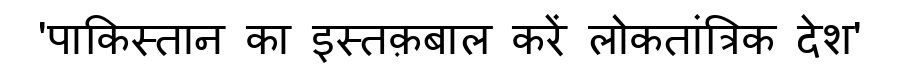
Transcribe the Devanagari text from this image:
'पाकिस्तान का इस्तक़बाल करें लोकतांत्रिक देश'